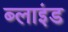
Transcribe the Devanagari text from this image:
ब्‍लाइंड